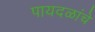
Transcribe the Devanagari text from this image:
पायदळांचे